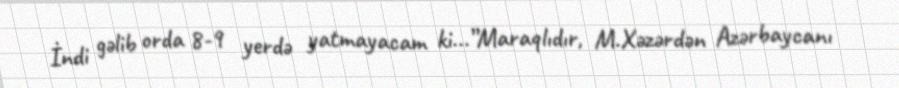
İndi gəlib orda 8-9 yerdə yatmayacam ki...”Maraqlıdır, M.Xəzərdən Azərbaycanı